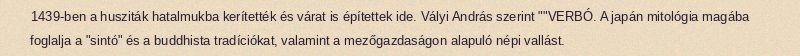
1439-ben a husziták hatalmukba kerítették és várat is építettek ide. Vályi András szerint ""VERBÓ. A japán mitológia magába foglalja a "sintó" és a buddhista tradíciókat, valamint a mezőgazdaságon alapuló népi vallást.